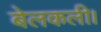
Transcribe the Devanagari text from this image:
बेलकली।